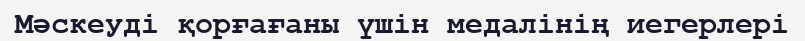
Мәскеуді қорғағаны үшін медалінің иегерлері